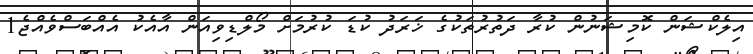
އިލެކްޝަން ކޮމިޝަނުން ކުރާ ދަތުރުތަކުގެ ޚަރަދު ކުޑަ ކުރުމަށް މޯލްޑިވިއަން އާއެކު އެއްބަސްވެއްޖެ1